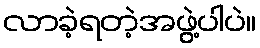
လာခဲ့ရတဲ့အဖွဲ့ပါပဲ။